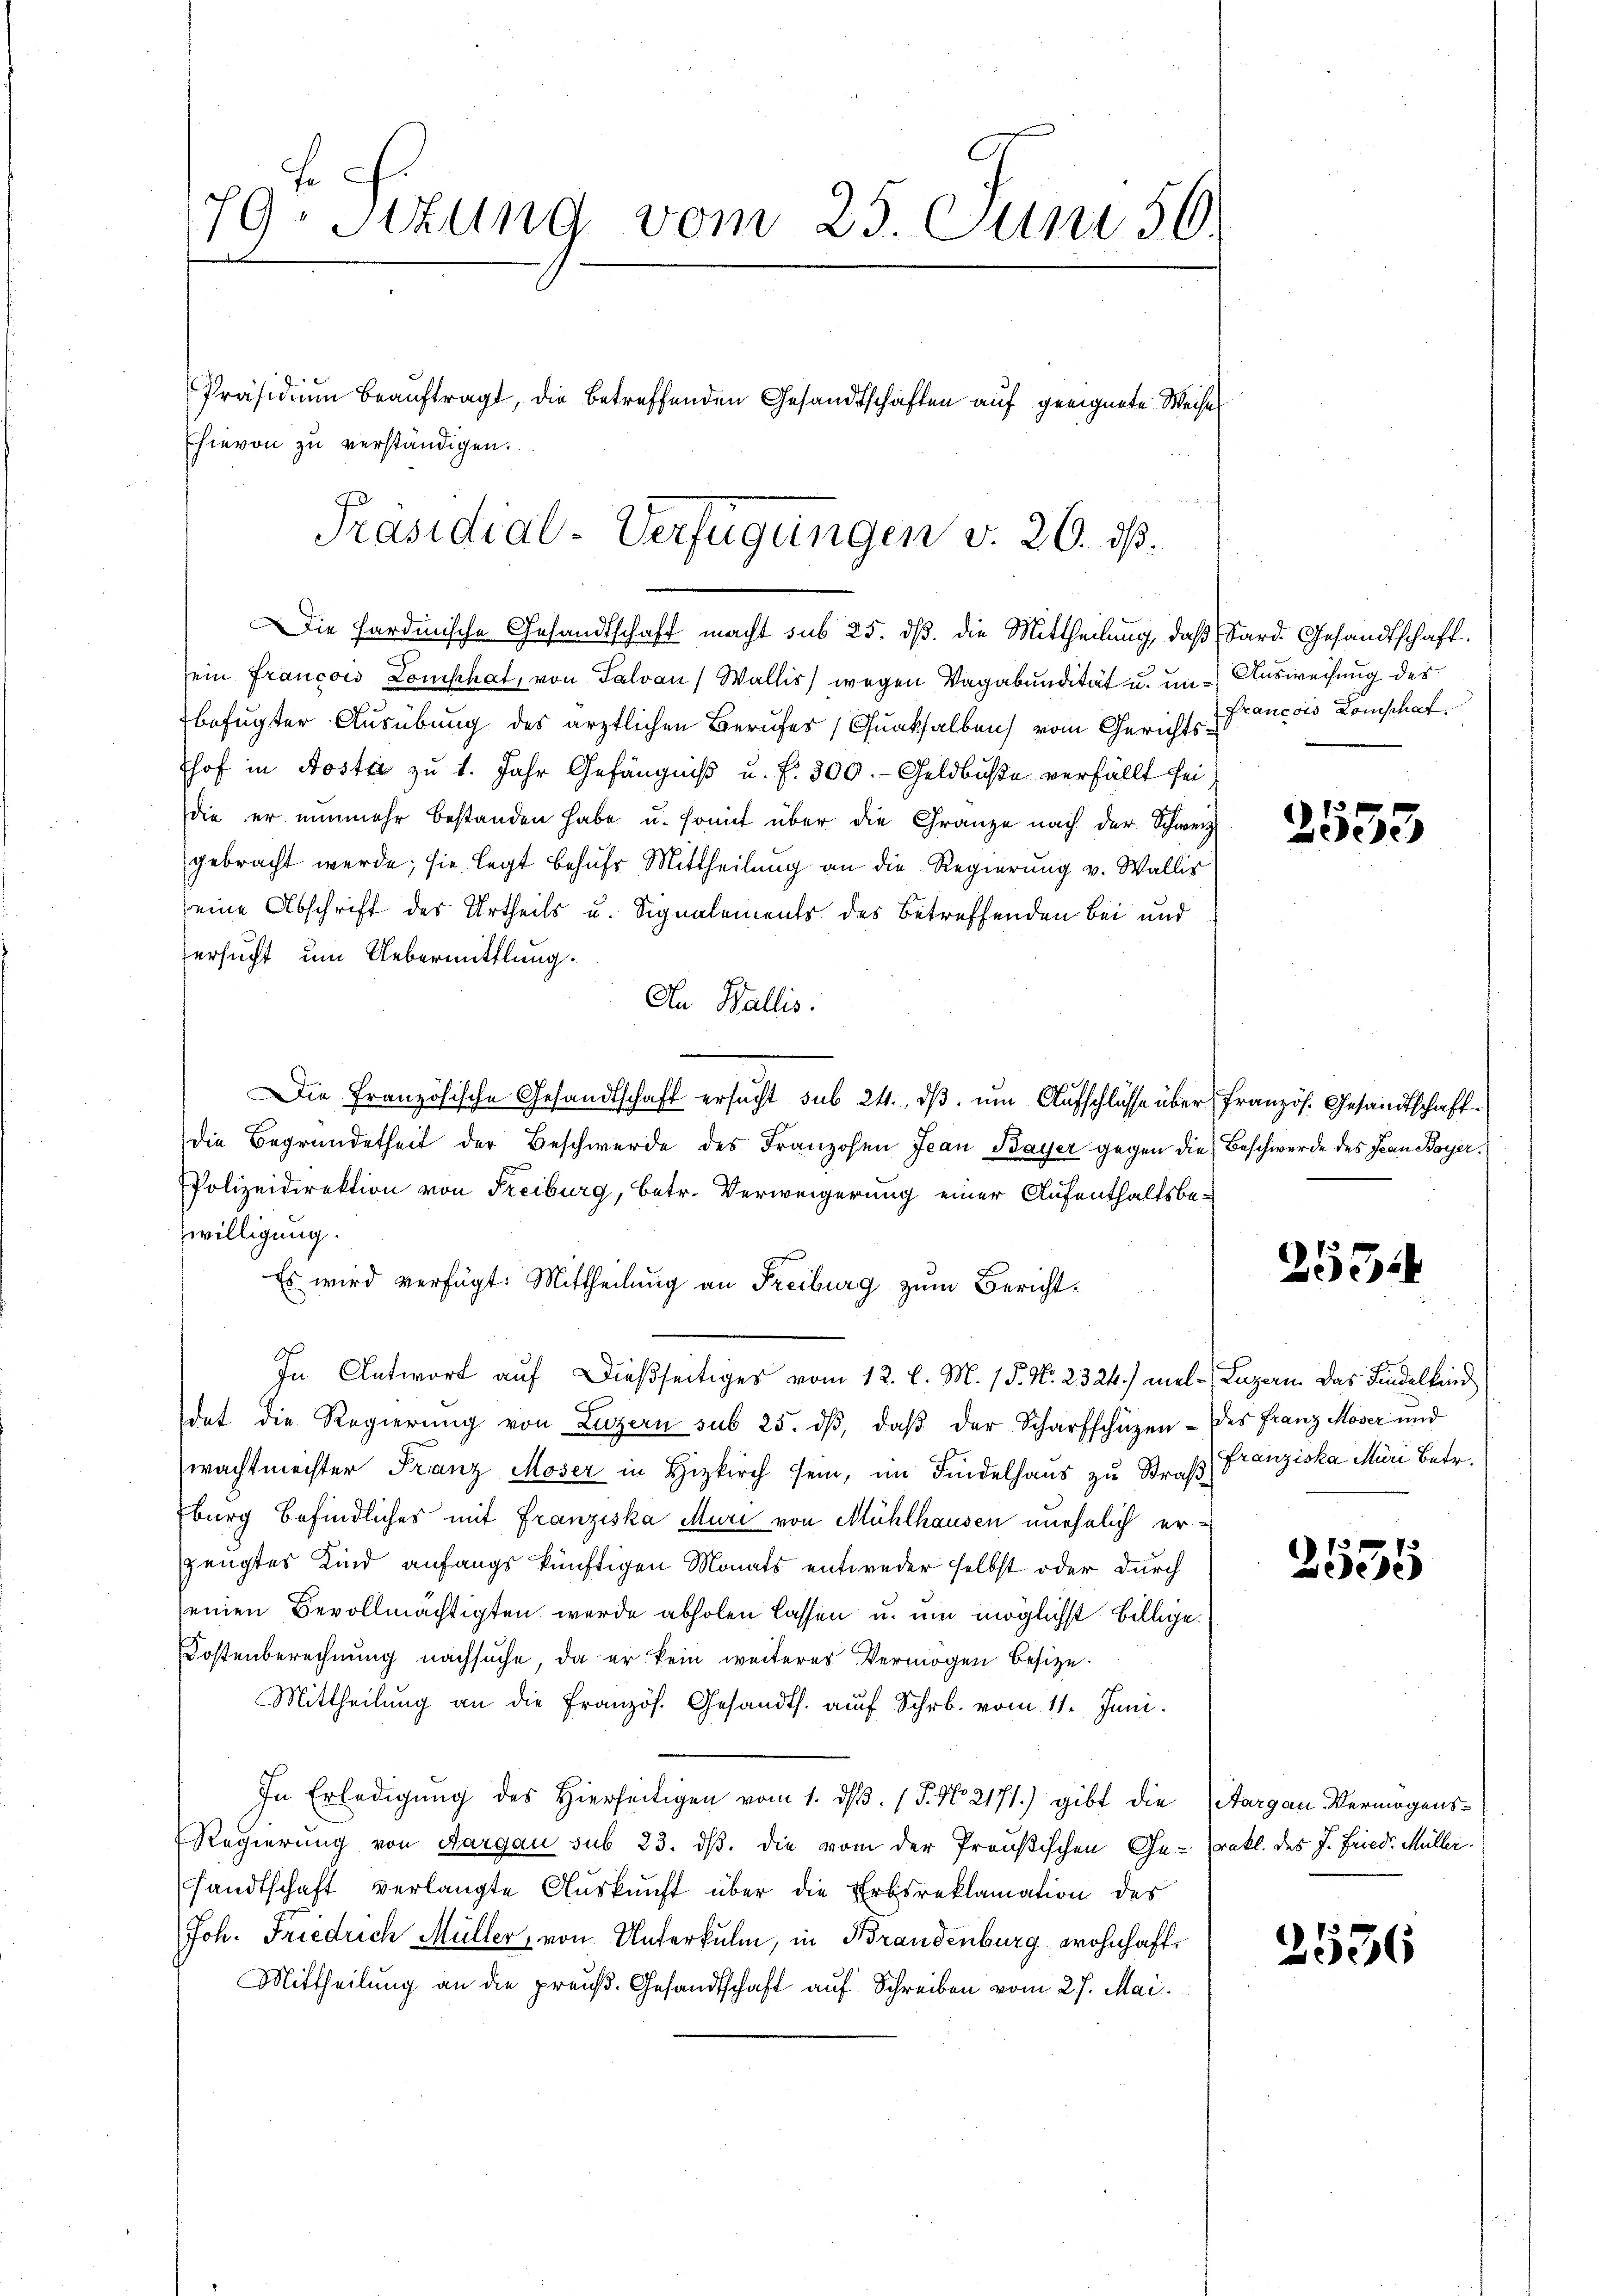
179. Sitzung vom 25. Juni 50.
Präsidium beauftragt, die betreffenden Gesandtschaften auf geeignete Weise
hievon zu verständigen.

Präsidial-Verfügungen v. 26. ds.
Die sardinische Gesandtschaft macht sub 25. dß. die Mittheilung, daß Sard. Gesandtschaft.

sein Francois Lomphat, von Falvan (Wallis) wegen Vagabundität u. in Ausweisung des
befugter Ausübung des ärztlichen Berufes (Quakhalben vom Gerichtshof in Koster zu 1. Jahr Gefängniß u. f. 300.- Geldbuße verfällt sei
die er nunmehr bestanden habe u. somit über die Gränze nach der Schweiz
gebracht werde; sie legt behufs Mittheilung an die Regierung v. Wallis
eine Abschrift des Urtheils u. Signalements des betreffenden Bei und
ersucht um Uebermittlung.
An Wallis.
Die Französische Gesandtschaft ersucht sub 24. dβ. um Aufschlüsse über französ. Gesandtschaft.
die Begründetheit der Beschwerde des Franzosen Jean Bayer gegen die Beschwerde des Jean Boyer¬
Polizeidirektion von Freiburg, betr. Verweigerung einer Aufenthaltsbewilligung.
Es wird verfügt: Mittheilung an Freiburg zum Bericht¬
In Antwort auf dießseitiges vom 12. l. M. / 5. No. 2324.) mel-, Luzern das Findelkind
det die Regierŭng von Luzern sub 25. dβ, daβ der Scharfschüzen - des Franz Moser und
wachtmeister Franz Moser in Hizkirch sein, im Findelhaus zu Straß Franziska Müri Betr.
Eburg befindliches mit Franziska Muri von Mühlhausen unehelich erzeugtes Kind anfangs künftigen Monats entweder selbst oder durch
einen Bevollmächtigten werde abholen lassen u. um möglichst billige
Kostenberechnung nachsuche, da er kein weiteres Vermögen besitze
Mittheilung an die Französ. Gesandth. auf Schr. vom 11. Juni.
In Erledigung des Hierseitigen vom 1. d. 1 S. No. 2171) gibt die
Regierung von Aargau sub 23. dβ. die vom der Preußischen Ge-
sandtschaft verlangte Auskunft über die Erbsreklamation des
Joh. Friedrich Müller, von Unterkulm, in Brandenburg wohnhaft,
Mittheilung an die preuß. Gesandtschaft auf Schreiben vom 27. Mai.

Francois Domschaf

2533

2534

2535

Aargau-Vermögensrakt. des J. Friedr. Müller.

2536